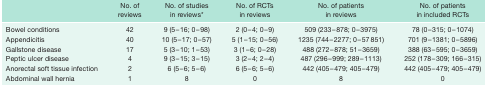
<table><thead><tr><td></td><td><b>No. of reviews</b></td><td><b>No. of studies in reviews*</b></td><td><b>No. of RCTs in reviews</b></td><td><b>No. of patients in reviews</b></td><td><b>No. of patients in included RCTs</b></td></tr></thead><tbody><tr><td>Bowel conditions</td><td>42</td><td>9 (5–16; 0–98)</td><td>2 (0–4; 0–9)</td><td>509 (233–878; 0–3975)</td><td>78 (0–315; 0–1074)</td></tr><tr><td>Appendicitis</td><td>40</td><td>10 (5–17; 0–57)</td><td>5 (1–15; 0–56)</td><td>1235 (744–2277; 0–57 851)</td><td>701 (9–1381; 0–5896)</td></tr><tr><td>Gallstone disease</td><td>17</td><td>5 (3–10; 1–53)</td><td>3 (1–6; 0–28)</td><td>488 (272–878; 51–3659)</td><td>388 (63–595; 0–3659)</td></tr><tr><td>Peptic ulcer disease</td><td>4</td><td>9 (3–15; 3–15)</td><td>3 (2–4; 2–4)</td><td>487 (296–999; 289–1113)</td><td>252 (178–309; 166–315)</td></tr><tr><td>Anorectal soft tissue infection</td><td>2</td><td>6 (5–6; 5–6)</td><td>6 (5–6; 5–6)</td><td>442 (405–479; 405–479)</td><td>442 (405–479; 405–479)</td></tr><tr><td>Abdominal wall hernia</td><td>1</td><td>8</td><td>0</td><td>8</td><td>0</td></tr></tbody></table>